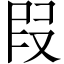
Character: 叚